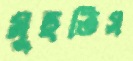
মুছতিস